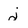
Character: j